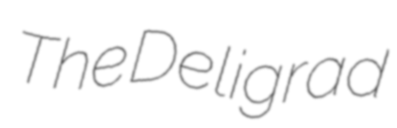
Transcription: The Deligrad